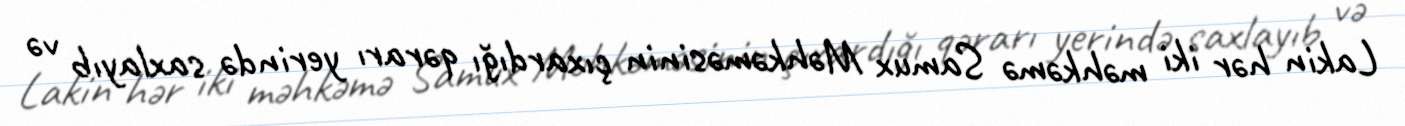
Lakin hər iki məhkəmə Samux Məhkəməsinin çıxardığı qərarı yerində saxlayıb və